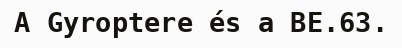
A Gyroptere és a BE.63.